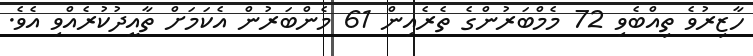
ހާޒިރުވެ ތިއްބެވި 72 މެމްބަރުންގެ ތެރެއިން 61 މެންބަރުން އެކަމަށް ތާއީދުކުރެއްވި އެވެ.